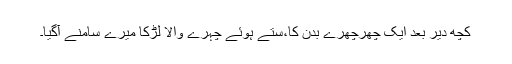
کچھ دیر بعد ایک چھرچھرے بدن کا،ستے ہوئے چہرے والا لڑکا میرے سامنے آگیا۔